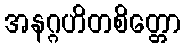
အနဂ္ဂဟိတစိတ္တော